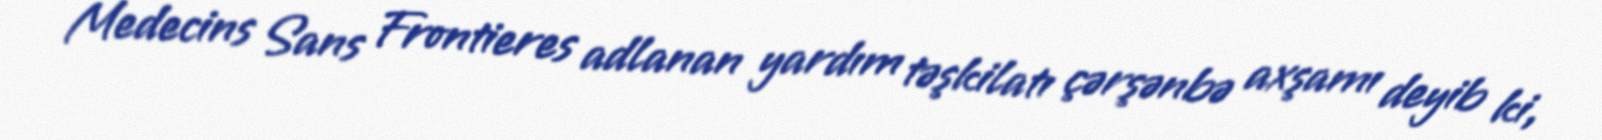
Medecins Sans Frontieres adlanan yardım təşkilatı çərşənbə axşamı deyib ki,